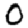
Digit: 0